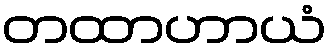
တထာဟာယံ